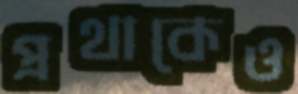
প্রথাকেও